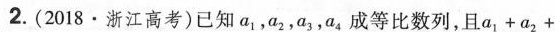
2.(2018·浙江高考)已知a_{1},a_{2},a_{3},a_{4}成等比数列,且$$a _ { 1 } + a _ { 2 } +